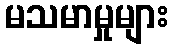
မသမာမှုများ